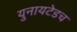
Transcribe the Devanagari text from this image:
युनायटेडच